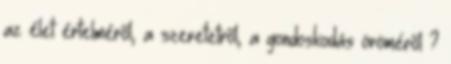
az élet értelméről, a szeretetről, a gondoskodás öröméről ?